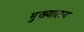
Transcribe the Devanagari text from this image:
मुख्यालय